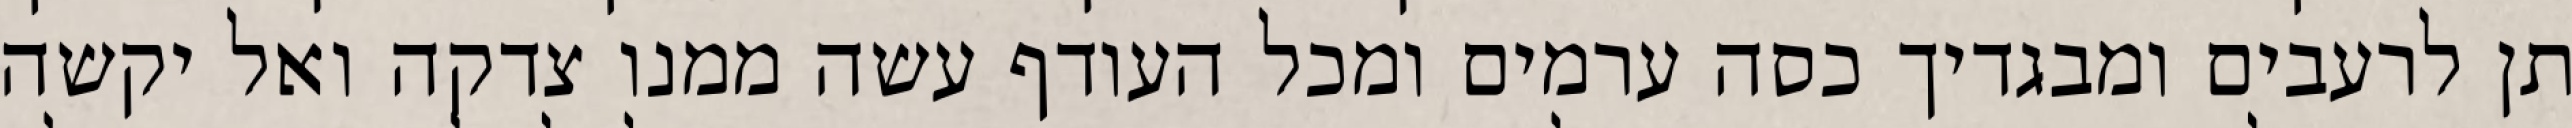
תן לרעבים ומבגדיך כסה ערמים ומכל העודף עשה ממנו צדקה ואל יקשה